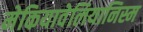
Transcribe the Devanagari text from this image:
मेकियावेलियानिस्म